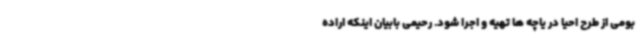
بومی از طرح احیا در یاچه ها تهیه و اجرا شود. رحیمی بابیان اینکه اراده